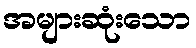
အများဆုံးသော